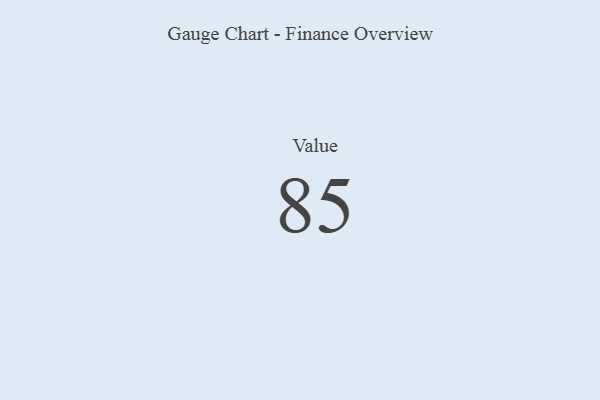
{"axis": {"x": "Metric", "y": "Value"}, "legend": [""], "data": [{"x": "Value", "y": 85, "type": ""}]}